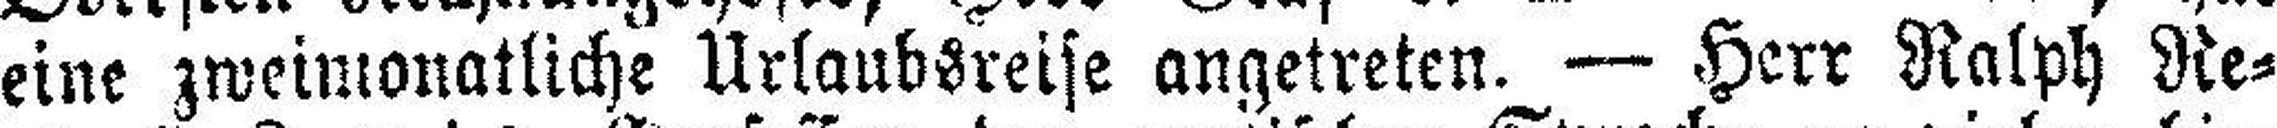
eine zweimonatliche Urlaubsreise angetreten. — Herr Ralph Re¬